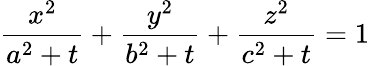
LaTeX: \frac{x^{2}}{a^{2}+t}+\frac{y^{2}}{b^{2}+t}+\frac{z^{2}}{c^{2}+t}=1